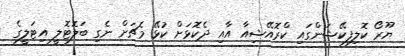
ޔޫރޯ ކޮލިފިކޭޝަންގައި ކްރޮއޭޝިއާ އާއި ދެކޮޅަށް ކުޅޭ މެޗަށް ނެގި ބަލޮޓޮލީ އިޓަލީގެ